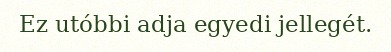
Ez utóbbi adja egyedi jellegét.